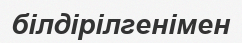
білдірілгенімен